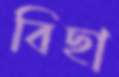
বিছা